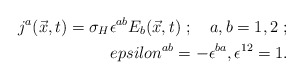
\begin{align*}j^a(\vec x,t)=\sigma _H\epsilon ^{ab}E_b(\vec x,t)\ ;\quad a,b=1,2\ ;\\epsilon ^{ab}=-\epsilon ^{ba},\epsilon ^{12}=1.\end{align*}